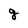
Character: g